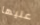
عليها